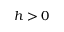
h > 0